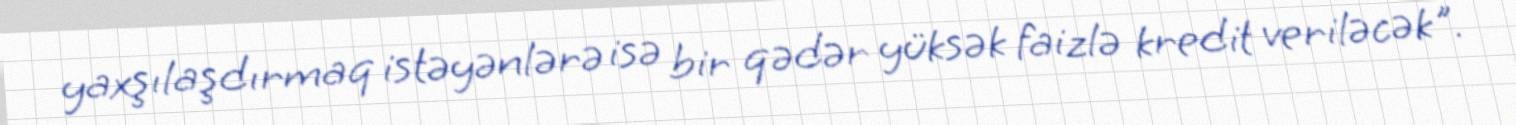
yaxşılaşdırmaq istəyənlərə isə bir qədər yüksək faizlə kredit veriləcək".